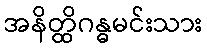
အနိတ္ထိဂန္ဓမင်းသား